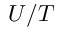
U / T